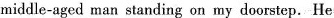
middle-aged man standing on my doorstep. He